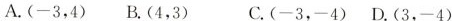
A.(-3，4)B.(4，3)C.(-3，-4)D.(3，-4)